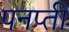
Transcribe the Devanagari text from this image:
पनप्ती